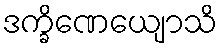
ဒက္ခိဏေယျောသိ